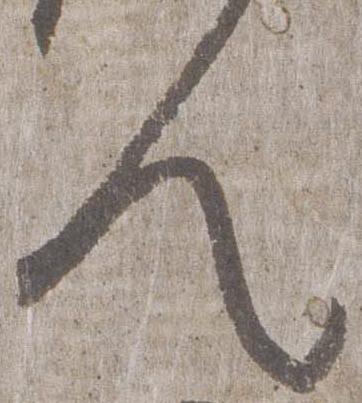
人